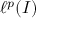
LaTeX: \ell ^ { p } ( I )